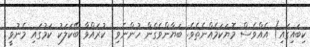
ކިބައިގައި) އެއްވެސް މޮޔަކަމެއްނެތެވެ. ބަޔާންވެގެން ހުންނެވި  ކުރައްވާ ބޭކަލަކު ކަމުގައި މެނުވީ